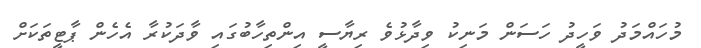
މުހައްމަދު ވަހީދު ހަސަން މަނިކު ވިދާޅުވެ ރިޔާސީ އިންތިހާބުގައި ވާދަކުރާ އެހެން ޕާޓީތަކަށް